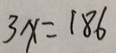
3 x = 1 8 6